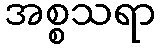
အစ္စသရာ